Annual report on the health of the army in India
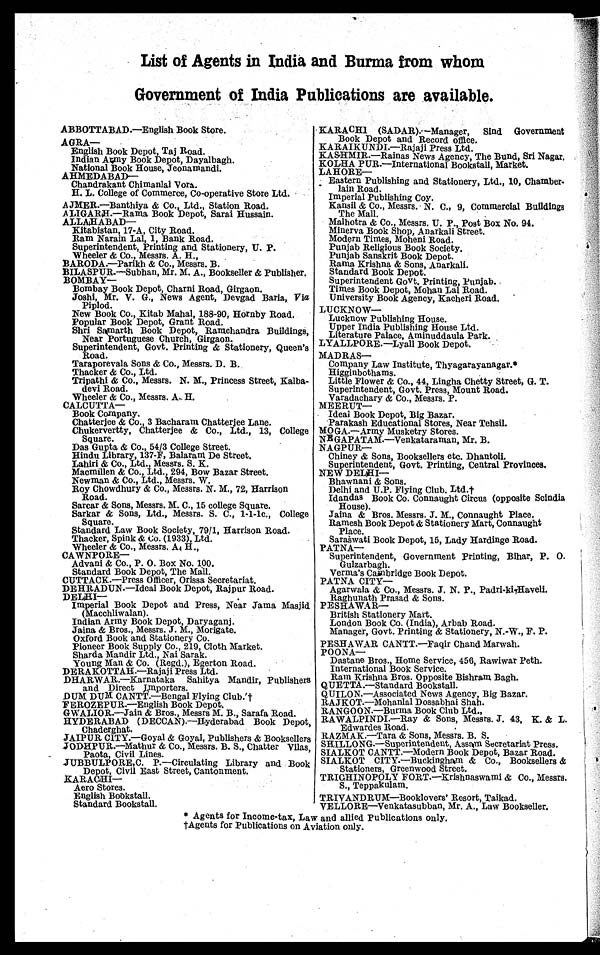
List of Agents in India and Burma from whom
Government of India Publications are available.
ABBOTTABAD.—English Book Store.
AGRA
—
English Book Depot, Taj Road.
Indian Ar,my Book Depot, Dayalbagh.
National Book House, Jeonamandi.
AHMEDABAD
—
Chandrakant Chimanlal Vora.
H. L. College of Commerce, Co-operative Store Ltd.
AJMER.—Banthiya & Co., Ltd., Station Road.
ALIGARH.—Rama Book Depot, Sarai Hussain.
ALLAHABAD
—
Kitabistan, 17-A, City Road.
Ram Narain Lal, 1, Bank Road.
Superintendent, Printing and Stationery, U. P.
Wheeler & Co., Messrs. A. H.,
BARODA.—Parikh & Co., Messrs. A.H
BILASPUR.—Subhan, Mr. M. A., Bookseller & Publisher.
BOMBAY—
Bombay Book Depot, Charni Road, Girgaon.
Joshi, Mr. V. G., News Agent, Devgad Baria, Via
Piplod.
New Book Co., Kitab Mahal, 188-90, Hornby Road.
Popular Book Depot, Grant Road.
Shri Samarth Book Depot, Ramchandra Buildings,
Near Portuguese Church, Girgaon.
Superintendent, Govt. Printing & Stationery, Queen's
Road.
Taraporevala Sons & Co., Messrs. D. B.
Thacker & Co., Ltd.
Tripathi & Co., Messrs. N. M., Princess Street, Kalba-
devi Road.
Wheeler & Co., Messrs. A.. H.
CALCUTTA—
Book Company.
Chatterjee & Co., 3 Bacharam Chatterjee Lane.
Chukervertty, Chatterjee & Co., Ltd., 13, College
Square.
Das Gupta & Co., 54/3 College Street.
Hindu Library, 137-F, Balarant De Street.
Lahiri & Co., Ltd., Messrs. S. K.
Macmillen Co., Ltd., 294, Bow Bazar Street.
Newman & Co., Ltd., Messrs. W.
Roy Chowdhury & Co., Messrs. N. M., 72, Harrison
Road.
Sarcar & Sons, Messrs. M. C., 15 college Square.
Sarkar & Sons, Ltd., Messrs. S. C., 1-1-1c., College
Square.
Standard Law Book Society, 79/1, Harrison Road.
Thacker, Spink & Co. (1933), Ltd.
Wheeler & Co., Messrs. A. H.,
CAWNPORE
—
Advani & Co., P. 0. Box No. 100.
Standard Book Depot, The Mall.
CUTTACK.—Press Officer, Orissa Secretariat.
DEHRADUN.—Ideal Book Depot, Rajpur Road.
DELHI
— Imperial Book Depot and Press, Near Jama Masjid
(Macchliwalan).
Indian Army Book Depot, Daryaganj.
Jaina & Bros., Messrs. J.M., Morigate.
Oxford Book and Stationery Co.
Pioneer Book Supply Co., 219, Cloth Market.
Sharda Mandir Ltd., Nai Sarak.
Young Man & Co. (Regd.), Egerton Road.
DERAKOTTAH.—Rajaji Press Ltd.
DHARWAR.—Karnataka Sahitya Mandir, Publishers
and Direct Importers.
DUM DUM CANTT.—Bengal Flying Club. †
FEROZEPUR.—English Book Depot.
GWALIOR.—Jain & Bros., Messrs M. B., Sarafa Road.
HYDERABAD (DECCAN).—Hyderabad Book Depot,
Chaderghat.
JAIPUR C1TY.—Goyal & Goyal, Publishers & Booksellers
JODHPUR.—Mathur & Co., Messrs. B. S., Chatter Vilas,
Paota, Civil Lines.
JUBBULPORE,C. P.—Circulating Library and Book
Depot, Civil East Street, Cantonment.
KARACHI —
Aero Stores.
English Bookstall.
Standard Bookstall.
KARACHI (SADAR).—Manager, Sind Government
Book Depot and Record office.
KARAIKUNDI—Rajaji Press Ltd.
KASHMIR.—Rainas News Agency, The Bund, Sri Nagar.
KOLHA PUR.—International Bookstall, Market.
LAHORE—
Eastern Publishing and Stationery, Ltd., 10, Chamber
-
lain Road.
Imperial Publishing Coy.
Kansil & Co., Messrs. N. C., 9, Commercial Buildings
The Mall.
Malhotra & Co., Messrs. U. P., Post Box No. 94.
Minerva Book Shop, Anarkali Street.
Modern Times, Moheni Road.
Punjab Religious Book Society.
Punjab Sanskrit Book Depot.
Rama Krishna & Sons, Anarkali.
Standard Book Depot.
Superintendent Govt. Printing, Punjab.
Times Book Depot, Mohan Lal Road.
University Book Agency, Kacheri Road.
LUCKNOW
—
Lucknow Publishing House.
Upper India Publishing House Ltd.
Literature Palace, Aminuddaula Park.
LYALLPORE.—Lyall Book Depot.
MADRAS
Company Law Institute, Thyagarayanagar. ‫٭‬
Higginbothams.
Little Flower & Co., 44, Lingha Chetty Street, G. T.
Superintendent, Govt. Press, Mount Road.
Varadachary & Co., Messrs. P.
MEERUT
—
. Ideal Book Depot, Big Bazar.
Parakash Educational Stores, Near Tehsil.
MOGA.—Army Musketry Stores.
NE GAPATAM.—Venkataraman, Mr. B.
NAGPUR
—
Chiney & Sons, Booksellers etc. Dhantoli.
Superintendent, Govt. Printing, Central Provinces.
NEW DELHI
—
Bhawnani & Sons.
Delhi and U.P. Flying Club. Ltd.†
Idandas Book Co. Connaught Circus (opposite Scindia
House).
Jaina & Bros. Messrs. J. M., Connaught Place.
Ramesh Book Depot & Stationery Mart, Connaught
Place.
Saraswati Book Depot, 15, Lady Hardinge Road.
PATNA—
Superintendent, Government Printing, Bihar, P. 0.
Gulzarbagh.
Verma's Cambridge Book Depot.
PATNA CITY
—
Agarwala & Co., Messrs. J. N. P., Padri-ki Haveli.
Raghunath Prasad & Sons.
PESHAWAR—
British Stationery Mart.
London Book Co. (India), Arbab Road.
Manager, Govt. Printing & Stationery, N.-W., F. P.
PESHAWAR CANTT.—Faqir Chand Marwah.
POONA
—
Dastane Bros., Home Service, 456, Rawiwar Peth.
International Book Service.
Ram Krishna Bros. Opposite Bishraau Bagh.
QUETTA.—Standard Bookstall.
QUILON.—Associated News Agency, Big Bazar.
RAJKOT.—Mohanlal Dossabhai Shah.
RANGOON.—Burma Book Club Ltd.,
RAWALPINDI.—Ray & Sons, Messrs. J. 43, K. & L.
Edwardes Road.
RAZMAK.—Tara & Sons, Messrs. B. S.
SHILLONG.—Superintendent, Assam Secretariat Press.
SIALKOT CANTT.—Modern Book Depot, Bazar Road.
SIALKOT CITY.—Buckingham & Co., Booksellers &
Stationers, Greenwood Street.
TRICHINOPOLY FORT.—Krishnaswami & Co., Messrs.
S., Teppakulam.
TRIVANDRUM—Booklovers' Resort, Taikad.
VELLORE—Venkatasubban, Mr. A., Law Bookseller.
‫٭‬A
g e n t s f o r I n c o m e - t a x , L a w a n d a l l i e d P u b l i c a t i o n s o n l y .
† A g e n t s f o r P u b l i c a t i o n s o n A v i a t i o n o n l y .